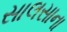
સાલસાના